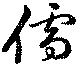
儒